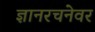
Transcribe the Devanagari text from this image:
ज्ञानरचनेवर